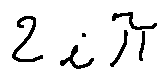
2 i \pi